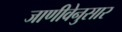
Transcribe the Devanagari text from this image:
जाणीवेनुसार